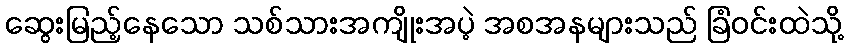
ဆွေးမြည့်နေသော သစ်သားအကျိုးအပဲ့ အစအနများသည် ခြံဝင်းထဲသို့